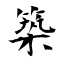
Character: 築